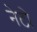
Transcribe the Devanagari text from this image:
नेटो